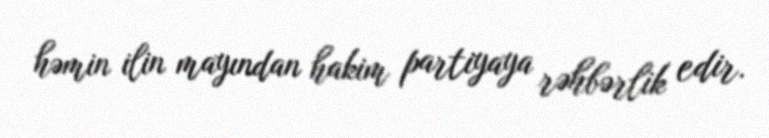
həmin ilin mayından hakim partiyaya rəhbərlik edir.